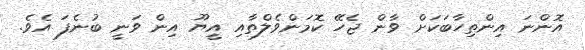
އޮންނަ އިންތިހާބަކަށް ވާން ޖެހޭ ކޮމަންވެލްތާއި އީޔޫ އިން ވަނީ ބުނެފަ އެވެ.